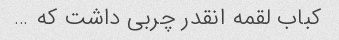
کباب لقمه انقدر چربی داشت که …